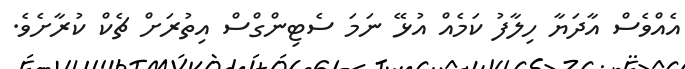
އެއްވެސް އާދަޔާ ހިލާފު ކަމެއް އުޅޭ ނަމަ ސެޓިންގްސް އިތުރަށް ޗެކް ކުރާށެވެ.